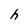
Character: h